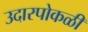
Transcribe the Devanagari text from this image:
उदारपोकळी